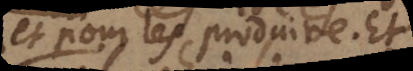
et pour les produire. Et